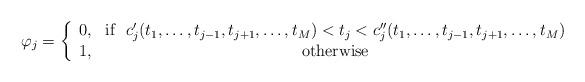
LaTeX: \begin{align*}\varphi_j= \left\{\begin{array}{lc}0, & \mbox{if} \ \ c'_j(t_1,\ldots,t_{j-1},t_{j+1},\ldots,t_M)<t_j<c''_j(t_1,\ldots,t_{j-1},t_{j+1},\ldots,t_M)\\1, & \mbox{ otherwise } \end{array}\right.\end{align*}